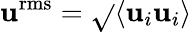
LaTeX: {{\mathbf{u}}^{\mathrm{{{rms}}}}}=\sqrt{}{{\left\langle{{\mathbf{u}}_{i}}{{\mathbf{u}}_{i}}\right\rangle}}